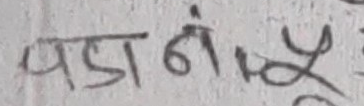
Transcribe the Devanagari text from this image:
यडा नं ५